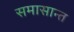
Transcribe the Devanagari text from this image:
समासान्त